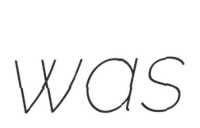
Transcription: was